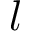
l